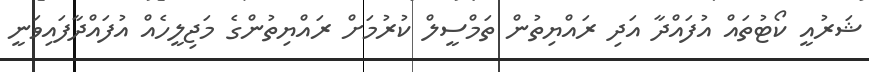
ޝަރުއީ ކޯޓުތައް އުފައްދާ އަދި ރައްޔިތުން ތަމްސީލް ކުރުމަށް ރައްޔިތުންގެ މަޖިލީހެއް އުފައްދާފައިވަނީ